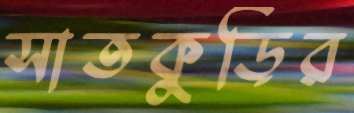
সাতকুড়ির